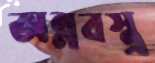
অন্নবস্ত্র